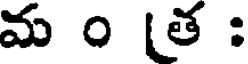
మ ం త :